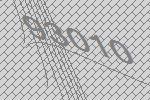
93010